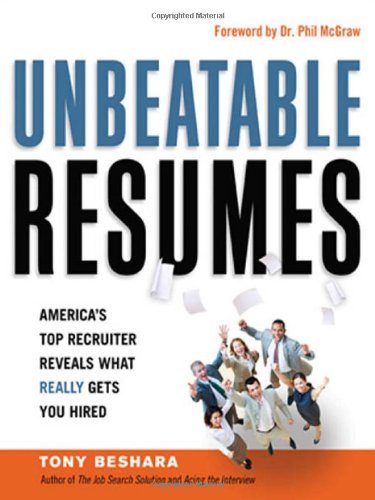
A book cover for Unbeatable Resumes: America's Top Recruiter Reveals What REALLY Gets You Hired; Tony Beshara; Business & Money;